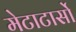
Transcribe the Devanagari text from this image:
मेटाटार्सो